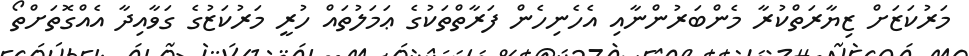
މަރުކަޒަށް ޒިޔާރަތްކުރާ މެންބަރުންނާއި އެހެނިހެން ފަރާތްތަކުގެ ޢަމަލުތައް ހުރީ މަރުކަޒުގެ ގަވާއިދާ އެއްގޮތަށްތޯ